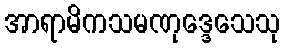
အာရာမိကသမဏုဒ္ဒေသေသု